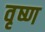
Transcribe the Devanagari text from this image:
वृष्ण